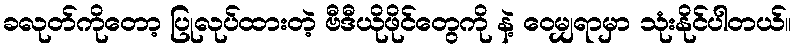
ခလုတ်ကိုတော့ ပြုလုပ်ထားတဲ့ ဗီဒီယိုဖိုင်တွေကို နဲ့ ဝေမျှရာမှာ သုံးနိုင်ပါတယ်။